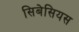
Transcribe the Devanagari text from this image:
सिबेसियस